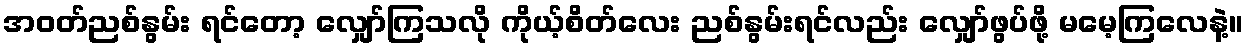
အဝတ်ညစ်နွမ်း ရင်တော့ လျှော်ကြသလို ကိုယ့်စိတ်လေး ညစ်နွမ်းရင်လည်း လျှော်ဖွပ်ဖို့ မမေ့ကြလေနဲ့။